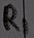
Text: R1